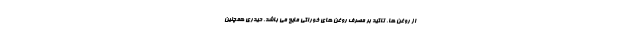
از روغن ها، تاکید بر مصرف روغن های خوراکی مایع می باشد. حیدری همچنین